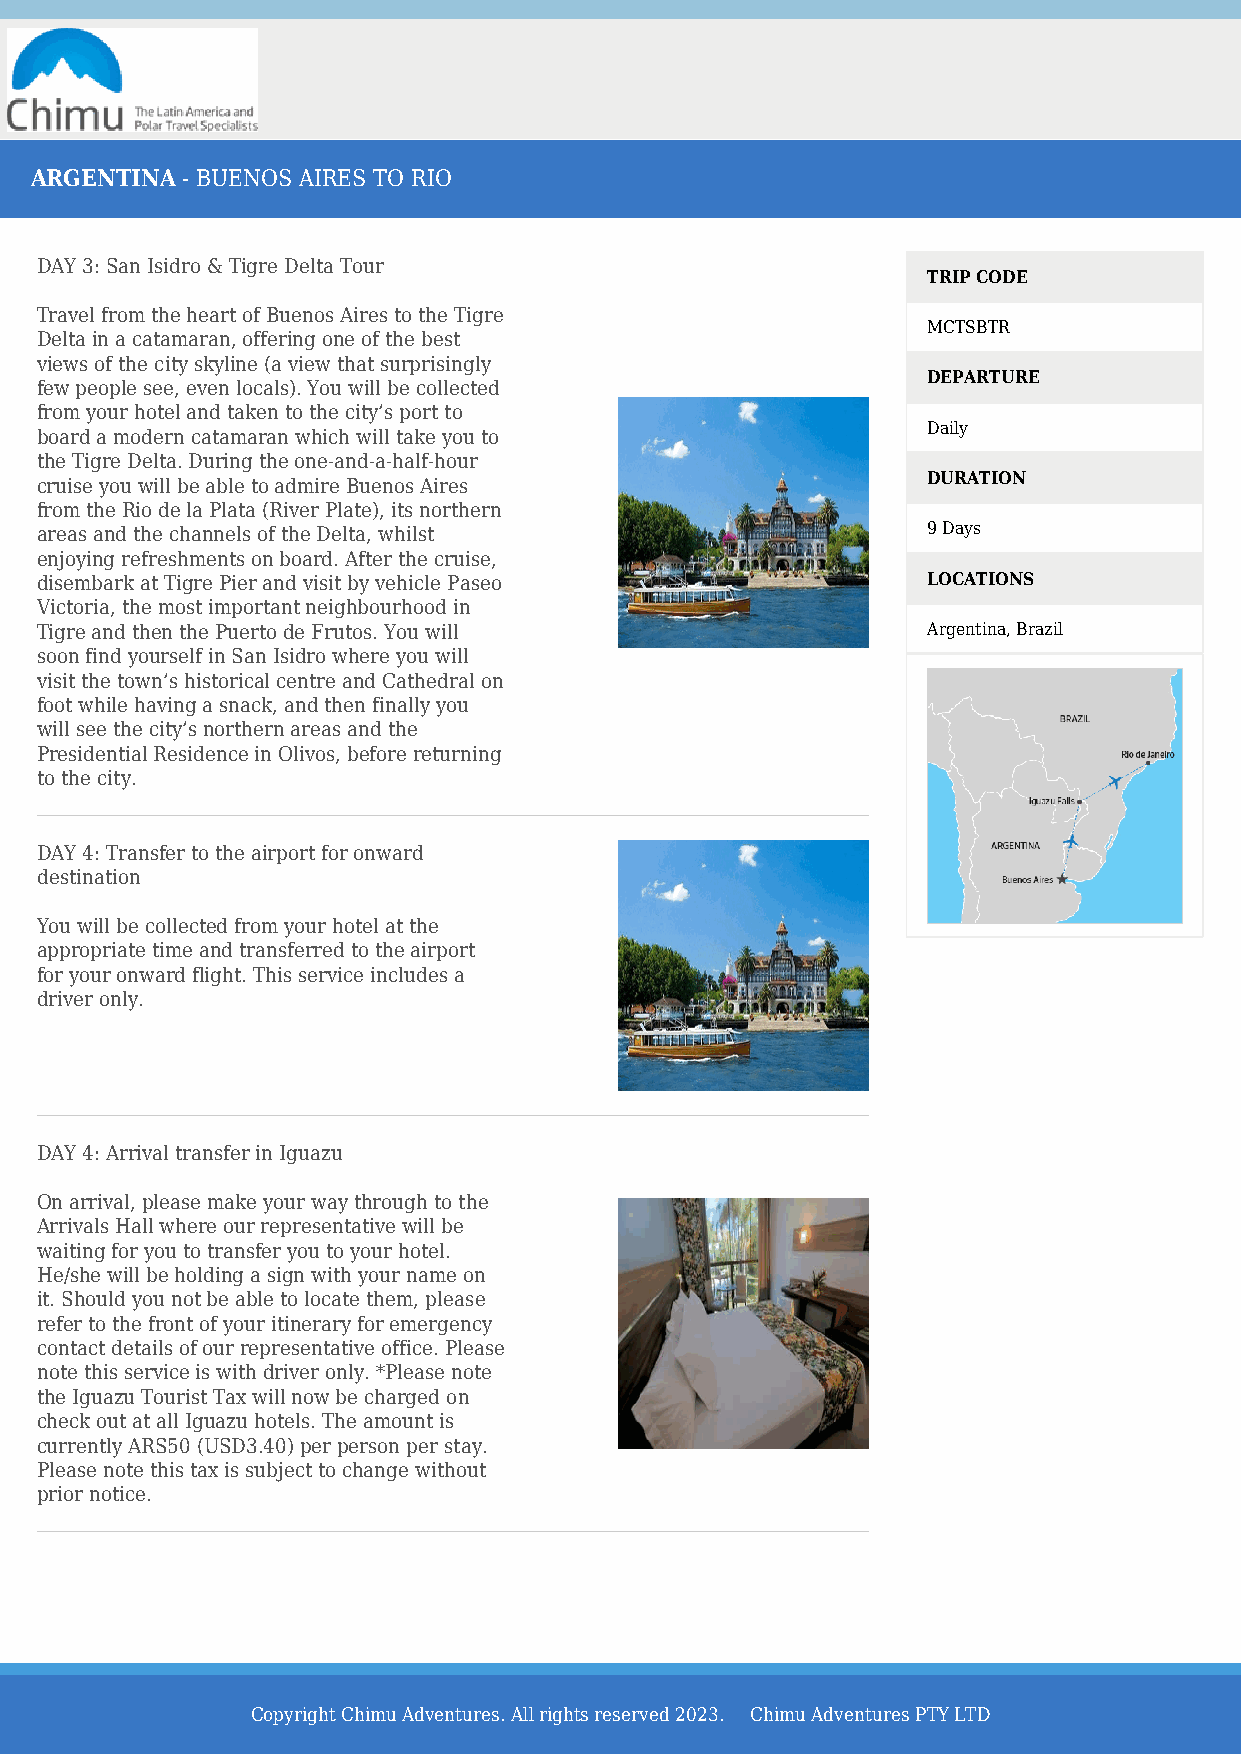
ARGENTINA - BUENOS AIRES TO RIO
 DAY 3: San Isidro & Tigre Delta Tour
 TRIP CODE
 Travel from the heart of Buenos Aires to the Tigre
 MCTSBTR
 Delta in a catamaran, offering one of the best
 views of the city skyline (a view that surprisingly
 DEPARTURE
 few people see, even locals). You will be collected
 from your hotel and taken to the city’s port to
 Daily
 board a modern catamaran which will take you to
 the Tigre Delta. During the one-and-a-half-hour
 DURATION
 cruise you will be able to admire Buenos Aires
 from the Rio de la Plata (River Plate), its northern
 areas and the channels of the Delta, whilst                9 Days
 enjoying refreshments on board. After the cruise,
 disembark at Tigre Pier and visit by vehicle Paseo         LOCATIONS
 Victoria, the most important neighbourhood in
 Tigre and then the Puerto de Frutos. You will              Argentina, Brazil
 soon find yourself in San Isidro where you will
 visit the town’s historical centre and Cathedral on
 foot while having a snack, and then finally you
 will see the city’s northern areas and the
 Presidential Residence in Olivos, before returning
 to the city.
 DAY 4: Transfer to the airport for onward
 destination
 You will be collected from your hotel at the
 appropriate time and transferred to the airport
 for your onward flight. This service includes a
 driver only.
 DAY 4: Arrival transfer in Iguazu
 On arrival, please make your way through to the
 Arrivals Hall where our representative will be
 waiting for you to transfer you to your hotel.
 He/she will be holding a sign with your name on
 it. Should you not be able to locate them, please
 refer to the front of your itinerary for emergency
 contact details of our representative office. Please
 note this service is with driver only. *Please note
 the Iguazu Tourist Tax will now be charged on
 check out at all Iguazu hotels. The amount is
 currently ARS50 (USD3.40) per person per stay.
 Please note this tax is subject to change without
 prior notice.
 Copyright Chimu Adventures. All rights reserved 2023. Chimu Adventures PTY LTD